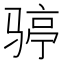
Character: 𩨆